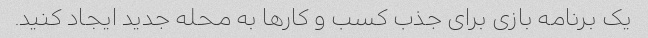
یک برنامه بازی برای جذب کسب و کارها به محله جدید ایجاد کنید.